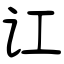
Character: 讧